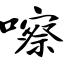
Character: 嚓